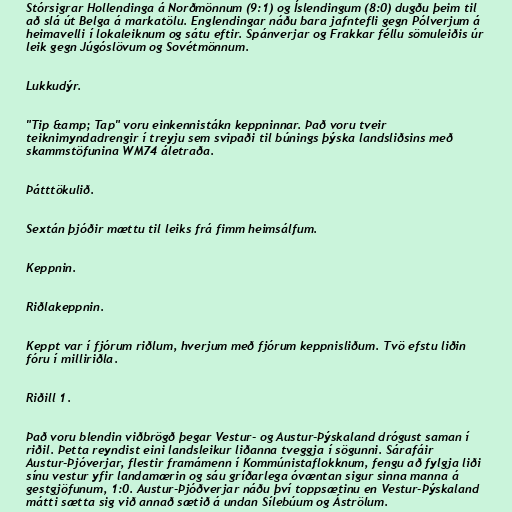
Stórsigrar Hollendinga á Norðmönnum (9:1) og Íslendingum (8:0) dugðu þeim til
að slá út Belga á markatölu. Englendingar náðu bara jafntefli gegn Pólverjum á
heimavelli í lokaleiknum og sátu eftir. Spánverjar og Frakkar féllu sömuleiðis úr
leik gegn Júgóslövum og Sovétmönnum.

Lukkudýr.

"Tip &amp; Tap" voru einkennistákn keppninnar. Það voru tveir
teiknimyndadrengir í treyju sem svipaði til búnings þýska landsliðsins með
skammstöfunina WM74 áletraða.

Þátttökulið.

Sextán þjóðir mættu til leiks frá fimm heimsálfum.

Keppnin.

Riðlakeppnin.

Keppt var í fjórum riðlum, hverjum með fjórum keppnisliðum. Tvö efstu liðin
fóru í milliriðla.

Riðill 1.

Það voru blendin viðbrögð þegar Vestur- og Austur-Þýskaland drógust saman í
riðil. Þetta reyndist eini landsleikur liðanna tveggja í sögunni. Sárafáir
Austur-Þjóverjar, flestir framámenn í Kommúnistaflokknum, fengu að fylgja liði
sínu vestur yfir landamærin og sáu gríðarlega óvæntan sigur sinna manna á
gestgjöfunum, 1:0. Austur-Þjóðverjar náðu því toppsætinu en Vestur-Þýskaland
mátti sætta sig við annað sætið á undan Sílebúum og Áströlum.